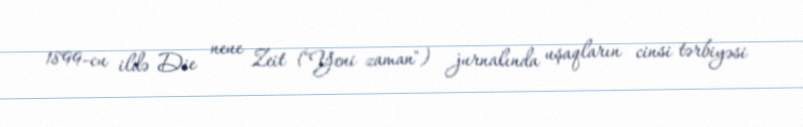
1899-cu ildə Die neue Zeit ("Yeni zaman") jurnalında uşaqların cinsi tərbiyəsi